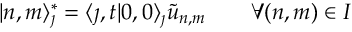
| n , m \rangle _ { \jmath } ^ { * } = \langle \jmath , t | 0 , 0 \rangle _ { \jmath } \tilde { u } _ { n , m } \qquad \forall ( n , m ) \in I